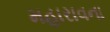
મહારાવના